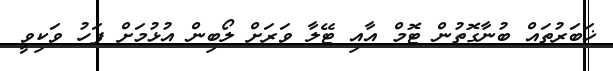
ޚަބަރުތައް ބުނާގޮތުން ޓޮމް އާއި ޓޭލާ ވަރަށް ލޯބިން އުޅުމަށް ފަހު ވަކިވީ